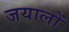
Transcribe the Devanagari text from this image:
जयालों